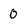
Character: 0